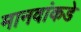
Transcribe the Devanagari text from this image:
मानवांकडे